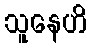
သူနေဟိ